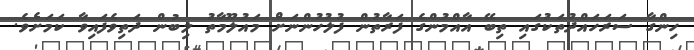
ހިންގާ ސަރަހައްދުތަކުގައި ތިބޭ އާއްމުންގެ ފަރާތުން ފުލުހުންނަށް މައުލޫމާތު ލިބުން ދަތިވެފައިވާ ކަމަށެވެ.